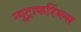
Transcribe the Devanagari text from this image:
न्यूट्राफरिंग्ल्स